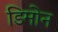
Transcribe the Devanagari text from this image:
डिमोन